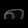
Digit: ၈